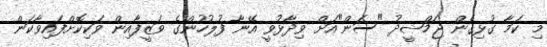
މި ކަމާ ގުޅިގެން ޖަމްޝީދު "ސަން"އަށް ވިދާޅުވީ އޭނާ ފުލުހުންގެ ވަޒީފާއިން ވަކިކޮށްފައިވާކަން